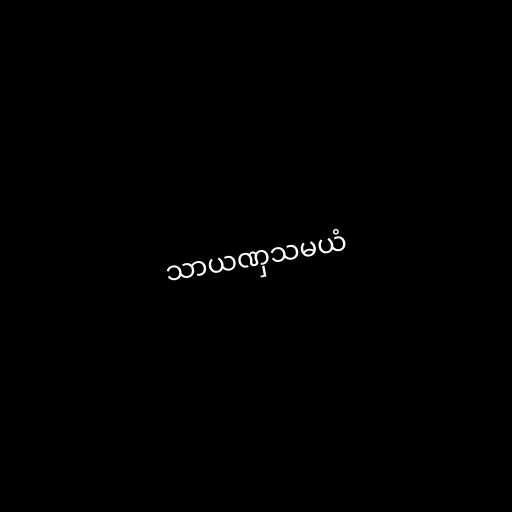
သာယဏှသမယံ